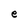
Character: e